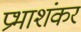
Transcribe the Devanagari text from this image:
प्रभाशंकर